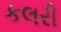
કલરી